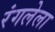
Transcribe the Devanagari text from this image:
रंगलेला